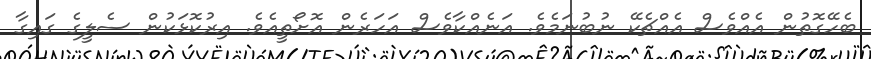
ބެހޭގޮތުން އެއްވެސް އެއްޗެކޭ ނުބުނަމެވެ. އަނެއްކާވެސް އަހަރެން އޮށޯތީއެވެ. އިރުކޮޅަކުން ސެލީގެ ގައިގާ